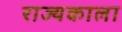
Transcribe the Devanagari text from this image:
राज्यकाला